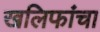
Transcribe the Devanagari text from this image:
खलिफांचा